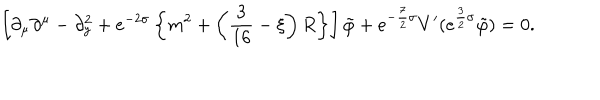
\left[ \partial _ { \mu } \partial ^ { \mu } - \partial _ { y } ^ { 2 } + e ^ { - 2 \sigma } \left\{ m ^ { 2 } + \left( \frac { 3 } { 1 6 } - \xi \right) R \right\} \right] \tilde { \varphi } + e ^ { - \frac { 7 } { 2 } \sigma } V ^ { \prime } ( e ^ { \frac { 3 } { 2 } \sigma } \tilde { \varphi } ) = 0 .